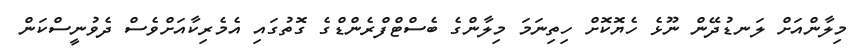
މިލާންއަށް ލަނޑުދޭން ނޫޅެ ހެޔޮކޮށް ހިތިނަމަ މިލާންގެ ބެސްޓްފްރެންޑްގެ ގޮތުގައި އެމެރިކާއަށްވެސް ދެވުނީސްކަން